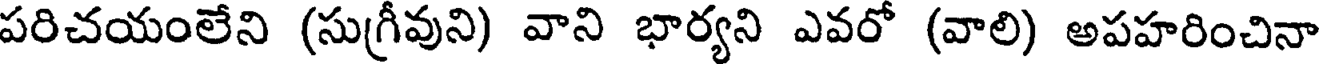
పరిచయంలేని (సుగ్రీవుని) వాని భార్యని ఎవరో (వాలి) అపహరించినా